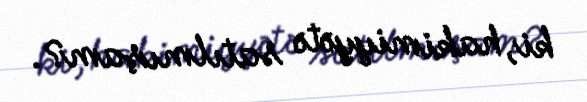
ki, hakimiyyətə satılmışam?.